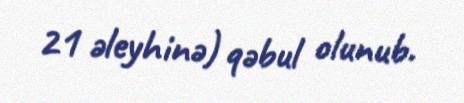
21 əleyhinə) qəbul olunub.